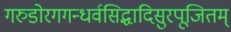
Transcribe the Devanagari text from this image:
गरुडोरगगन्धर्वसिद्धादिसुरपूजितम्